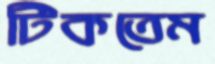
টিকতেম